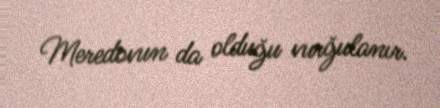
Meredovun da olduğu vurğulanır.